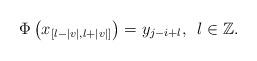
LaTeX: \begin{align*} \Phi\left(x_{[l-|v|,l+|v|]}\right)=y_{j-i+l},\,\,\, l\in\mathbb Z.\end{align*}